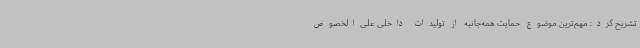
تشریح کرد: مهم‌ترین موضوع حمایت همه‌جانبه از تولیدات داخلی علی‌الخصوص